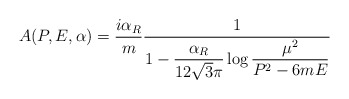
\begin{align*}A(P,E,\alpha)={i\alpha_R\over m}{1\over 1-\displaystyle{\frac{\alpha_R}{12\sqrt{3}\pi}}\log\displaystyle{{\mu^2\over P^2-6mE}}}\end{align*}